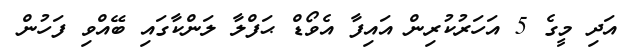
އަދި މީގެ 5 އަހަރުކުރިން އައިފާ އެވޯޑް ޙަފްލާ ލަންކާގައި ބޭއްވި ފަހުން